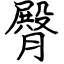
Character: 臀